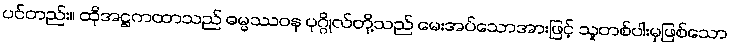
ပင်တည်း။ ထိုအဋ္ဌကထာသည် ဓမ္မဿဝန ပုဂ္ဂိုလ်တို့သည် မေးအပ်သောအားဖြင့် သူတစ်ပါးမှဖြစ်သော